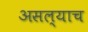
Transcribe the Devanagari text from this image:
असल्याच